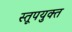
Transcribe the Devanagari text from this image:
स्तूपयुक्त